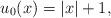
LaTeX: \begin{align*}u_0(x)=|x|+1,\end{align*}